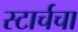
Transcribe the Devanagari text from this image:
स्टार्चचा